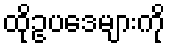
ထိုဥပဒေများကို